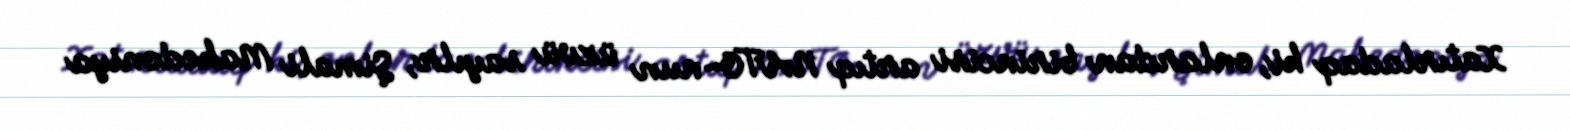
Xatırladaq ki, onlardan birincisi artıq NATO-nun üzvü sayılr, Şimali Makedoniya